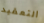
التعقيد